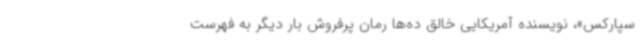
سپارکس»، نویسنده آمریکایی خالق ده‌ها رمان پرفروش بار دیگر به فهرست